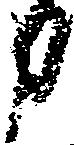
申